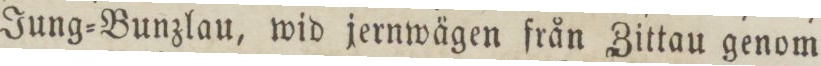
Jung=Bunzlau, wid jernwägen från Zittau genom